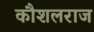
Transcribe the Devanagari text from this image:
कौशलराज